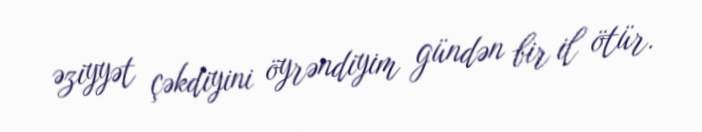
əziyyət çəkdiyini öyrəndiyim gündən bir il ötür.